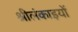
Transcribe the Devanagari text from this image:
श्रीलंकाइयों